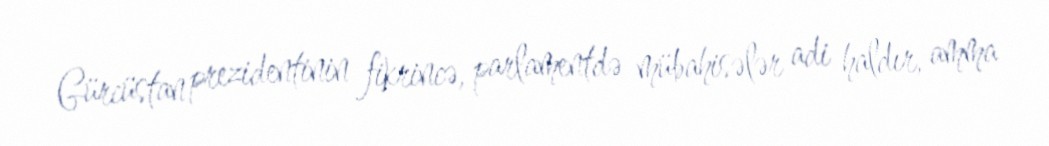
Gürcüstan prezidentinin fikrincə, parlamentdə mübahisələr adi haldır, amma